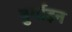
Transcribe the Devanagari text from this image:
बुर्गाइन